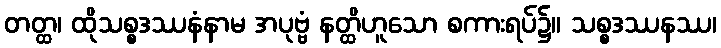
တတ္ထ၊ ထိုသစ္စဒဿနံနာမ အပုဗ္ဗံ နတ္ထိဟူသော စကားရပ်၌။ သစ္စဒဿနဿ၊